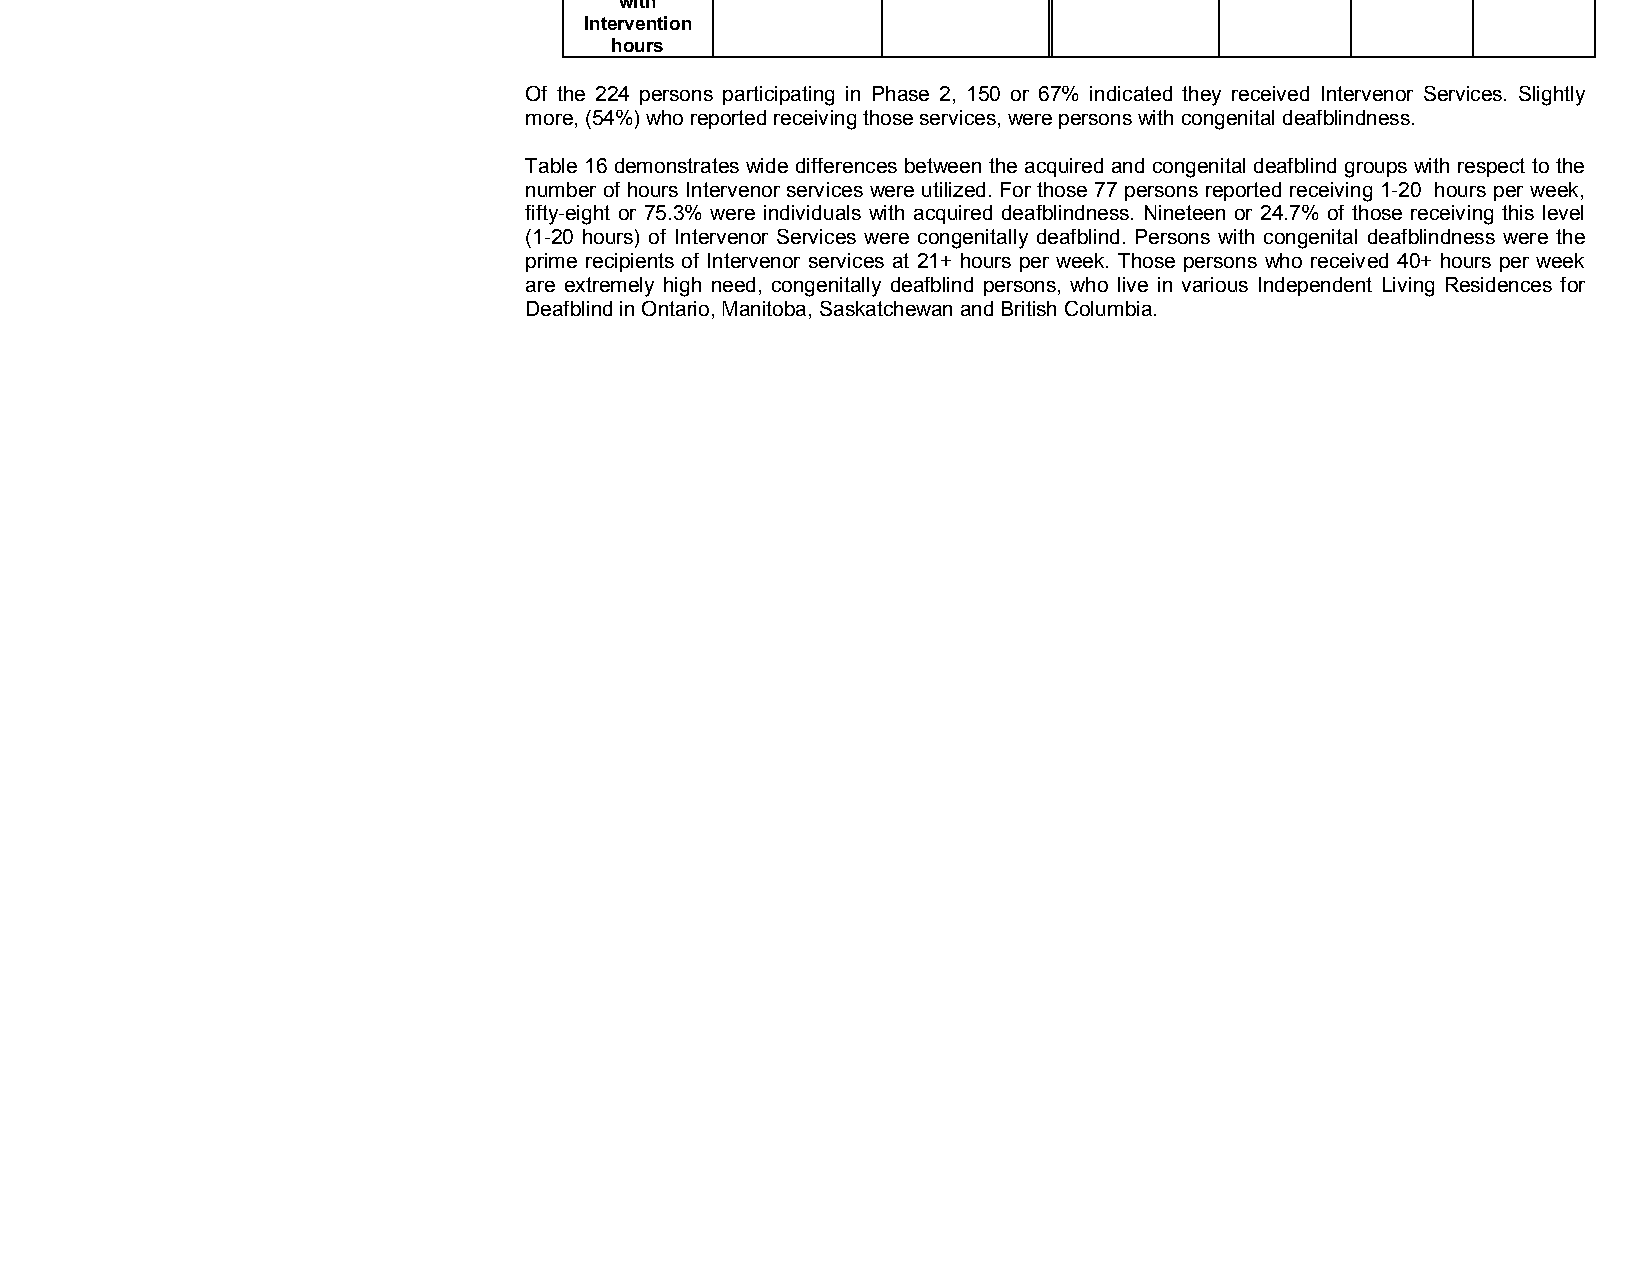
with
 Intervention
 hours
 Of the 224 persons participating in Phase 2, 150 or 67% indicated they received Intervenor Services. Slightly
 more, (54%) who reported receiving those services, were persons with congenital deafblindness.
 Table 16 demonstrates wide differences between the acquired and congenital deafblind groups with respect to the
 number of hours Intervenor services were utilized. For those 77 persons reported receiving 1­20 hours per week,
 fifty­eight or 75.3% were individuals with acquired deafblindness. Nineteen or 24.7% of those receiving this level
 (1­20 hours) of Intervenor Services were congenitally deafblind. Persons with congenital deafblindness were the
 prime recipients of Intervenor services at 21+ hours per week. Those persons who received 40+ hours per week
 are extremely high need, congenitally deafblind persons, who live in various Independent Living Residences for
 Deafblind in Ontario, Manitoba, Saskatchewan and British Columbia.